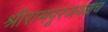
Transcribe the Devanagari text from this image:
श्रीरामपूरजवळच